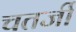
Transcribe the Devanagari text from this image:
चतर्जी